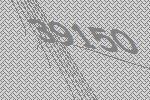
39150